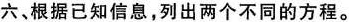
六，根据已知信息，列出两个不同的方程。